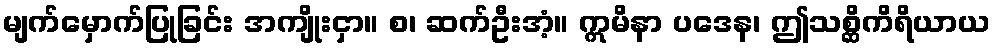
မျက်မှောက်ပြုခြင်း အကျိုးငှာ။ စ၊ ဆက်ဦးအံ့။ ဣမိနာ ပဒေန၊ ဤသစ္ဆိကိရိယာယ